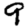
Digit: 9